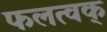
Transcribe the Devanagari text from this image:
फलत्वक्‌